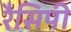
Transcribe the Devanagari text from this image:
रैसिपी